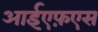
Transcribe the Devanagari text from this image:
आईएफ़एस